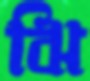
ঝি